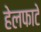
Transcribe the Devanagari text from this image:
हेलफाटे